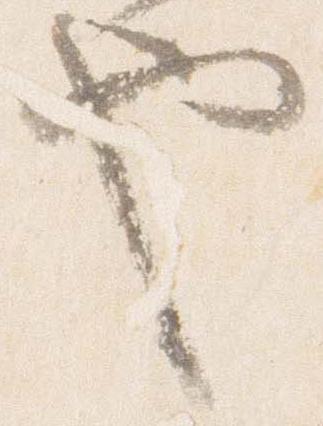
也